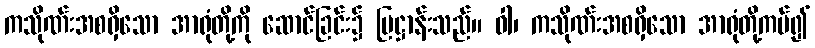
ကသိုဏ်းအစရှိသော အာရုံတို့ကို ဆောင်ခြင်း၌ ပြဋ္ဌာန်းသည်။ ဝါ၊ ကသိုဏ်းအစရှိသော အာရုံတို့ကပ်၍